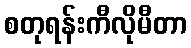
စတုရန်းကီလိုမီတာ